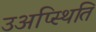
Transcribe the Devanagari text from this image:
उअप्स्थिति